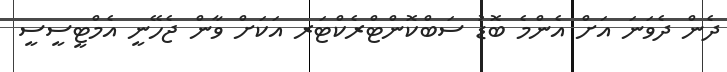
ދެން ދެވަނަ އަށް އެންމެ ބޮޑު ސަބްކޮންޓްރެކްޓަރ އަކަށް ވާން ޖެހޭނީ އެމްޓީސީސީ